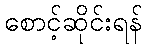
စောင့်ဆိုင်းရန်